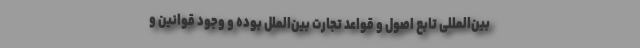
بین‌المللی تابع اصول و قواعد تجارت بین‌الملل بوده و وجود قوانین و